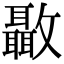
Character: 𣀳